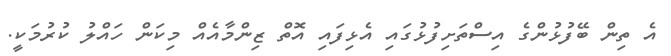
އެ ތިން ބޭފުޅުންގެ އިސްތަށިފުޅުގައި އެޅިފައި އޮތް ޒިންމާއެއް މިކަން ހައްލު ކުރުމަކީ.